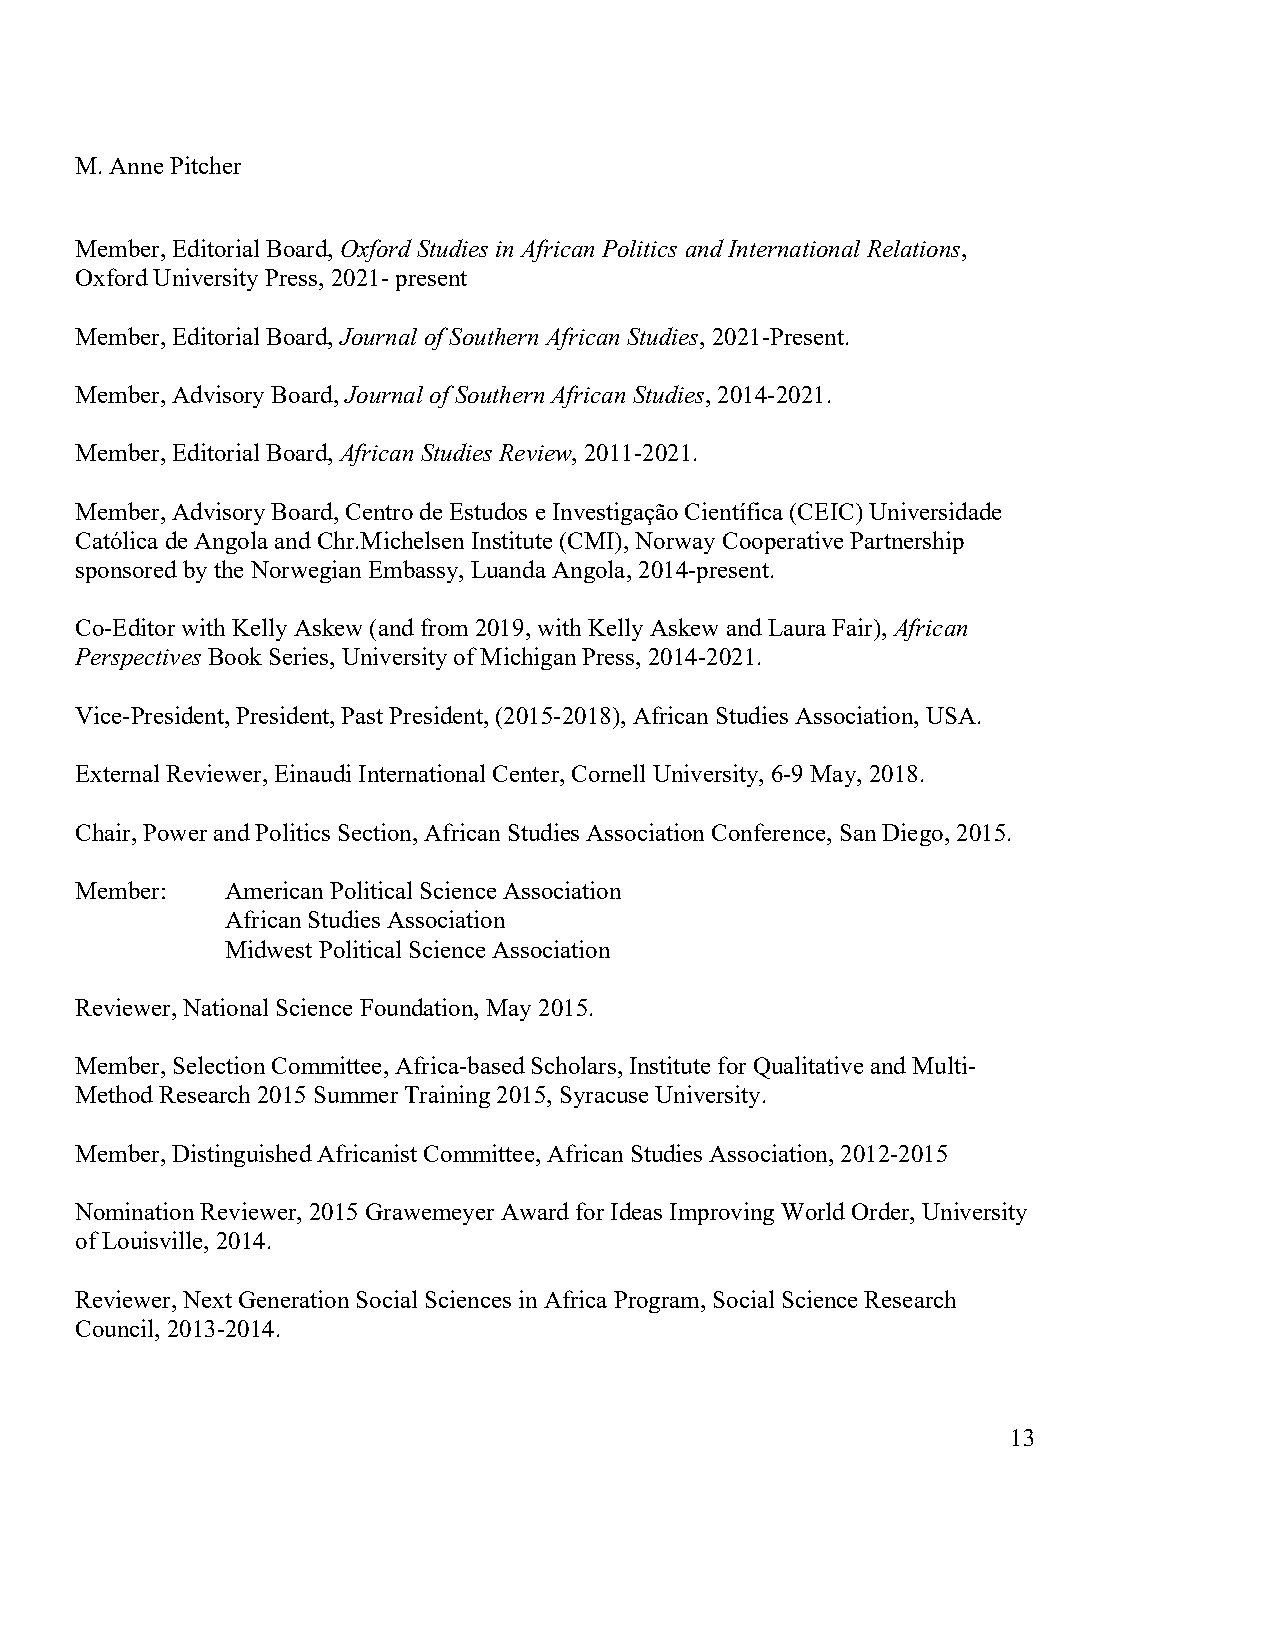
M. Anne Pitcher
 Member, Editorial Board, Oxford Studies in African Politics and International Relations,
 Oxford University Press, 2021- present
 Member, Editorial Board, Journal of Southern African Studies, 2021-Present.
 Member, Advisory Board, Journal of Southern African Studies, 2014-2021.
 Member, Editorial Board, African Studies Review, 2011-2021.
 Member, Advisory Board, Centro de Estudos e Investigação Científica (CEIC) Universidade
 Católica de Angola and Chr.Michelsen Institute (CMI), Norway Cooperative Partnership
 sponsored by the Norwegian Embassy, Luanda Angola, 2014-present.
 Co-Editor with Kelly Askew (and from 2019, with Kelly Askew and Laura Fair), African
 Perspectives Book Series, University of Michigan Press, 2014-2021.
 Vice-President, President, Past President, (2015-2018), African Studies Association, USA.
 External Reviewer, Einaudi International Center, Cornell University, 6-9 May, 2018.
 Chair, Power and Politics Section, African Studies Association Conference, San Diego, 2015.
 Member:   American Political Science Association
 African Studies Association
 Midwest Political Science Association
 Reviewer, National Science Foundation, May 2015.
 Member, Selection Committee, Africa-based Scholars, Institute for Qualitative and Multi-
 Method Research 2015 Summer Training 2015, Syracuse University.
 Member, Distinguished Africanist Committee, African Studies Association, 2012-2015
 Nomination Reviewer, 2015 Grawemeyer Award for Ideas Improving World Order, University
 of Louisville, 2014.
 Reviewer, Next Generation Social Sciences in Africa Program, Social Science Research
 Council, 2013-2014.
 13